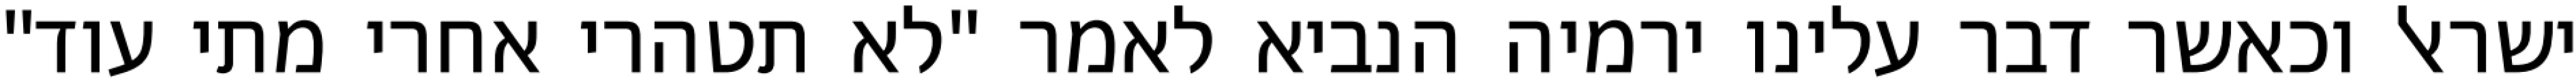
ישראל וכאשר דבר עלינו ירמיה הנביא לאמר "לא תטהרי אחרי מתי עוד"